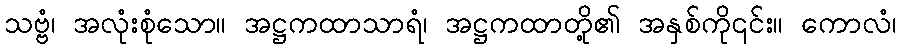
သဗ္ဗံ၊ အလုံးစုံသော။ အဋ္ဌကထာသာရံ၊ အဋ္ဌကထာတို့၏ အနှစ်ကို၎င်း။ ကောလံ၊